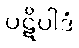
ပဋိပါဒံ